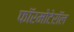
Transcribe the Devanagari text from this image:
फॉरमोटेरॉल